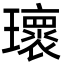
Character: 瓌